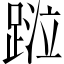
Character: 𨂖